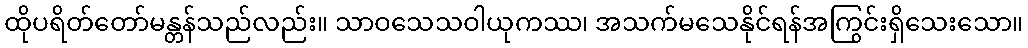
ထိုပရိတ်တော်မန္တန်သည်လည်း။ သာဝသေသဝါယုကဿ၊ အသက်မသေနိုင်ရန်အကြွင်းရှိသေးသော။